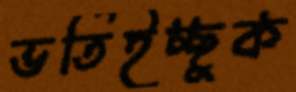
ভর্তিইচ্ছুক